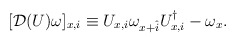
\begin{align*}[{\cal D}(U)\omega]_{x,i} \equiv U_{x,i}\omega_{x+\hat{i}} U_{x,i}^\dagger - \omega_x .\end{align*}